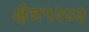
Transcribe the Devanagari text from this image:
क्षेत्र१२४३